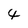
Character: 4